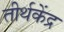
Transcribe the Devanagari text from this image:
तीर्थकेंद्र